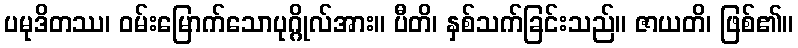
ပမုဒိတဿ၊ ဝမ်းမြောက်သောပုဂ္ဂိုလ်အား။ ပီတိ၊ နှစ်သက်ခြင်းသည်။ ဇာယတိ၊ ဖြစ်၏။